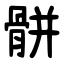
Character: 骿